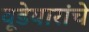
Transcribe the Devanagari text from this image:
वूडेयारांचे